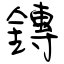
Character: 鏄